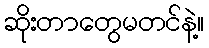
ဆိုးတာတွေမတင်နဲ့။